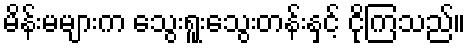
မိန်းမများက သွေးရူးသွေးတန်းနှင့် ငိုကြသည်။